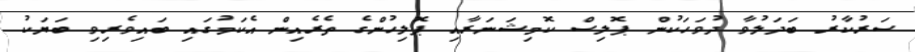
ސަރުކާރު ބަދަލުވާ ދުވަހަކުން ޕޮލިސް ކޮމިޝަނަރާއި ޕޮލިހުންގެ ތެރެއިން އެކަމުގައި ބައިވެރިވި ބަޔަކު